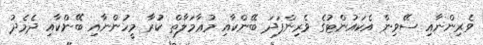
ވެރިންނާއި ސޭވިން އެކައުންޓުގެ ވެރިންފަދަ ބޭންކާއި މުޢާމަލާތް ކުރާ މީހުންނާއި ބޭންކާއި ދެމެދު